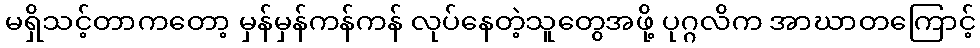
မရှိသင့်တာကတော့ မှန်မှန်ကန်ကန် လုပ်နေတဲ့သူတွေအဖို့ ပုဂ္ဂလိက အာဃာတကြောင့်